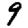
Digit: 9